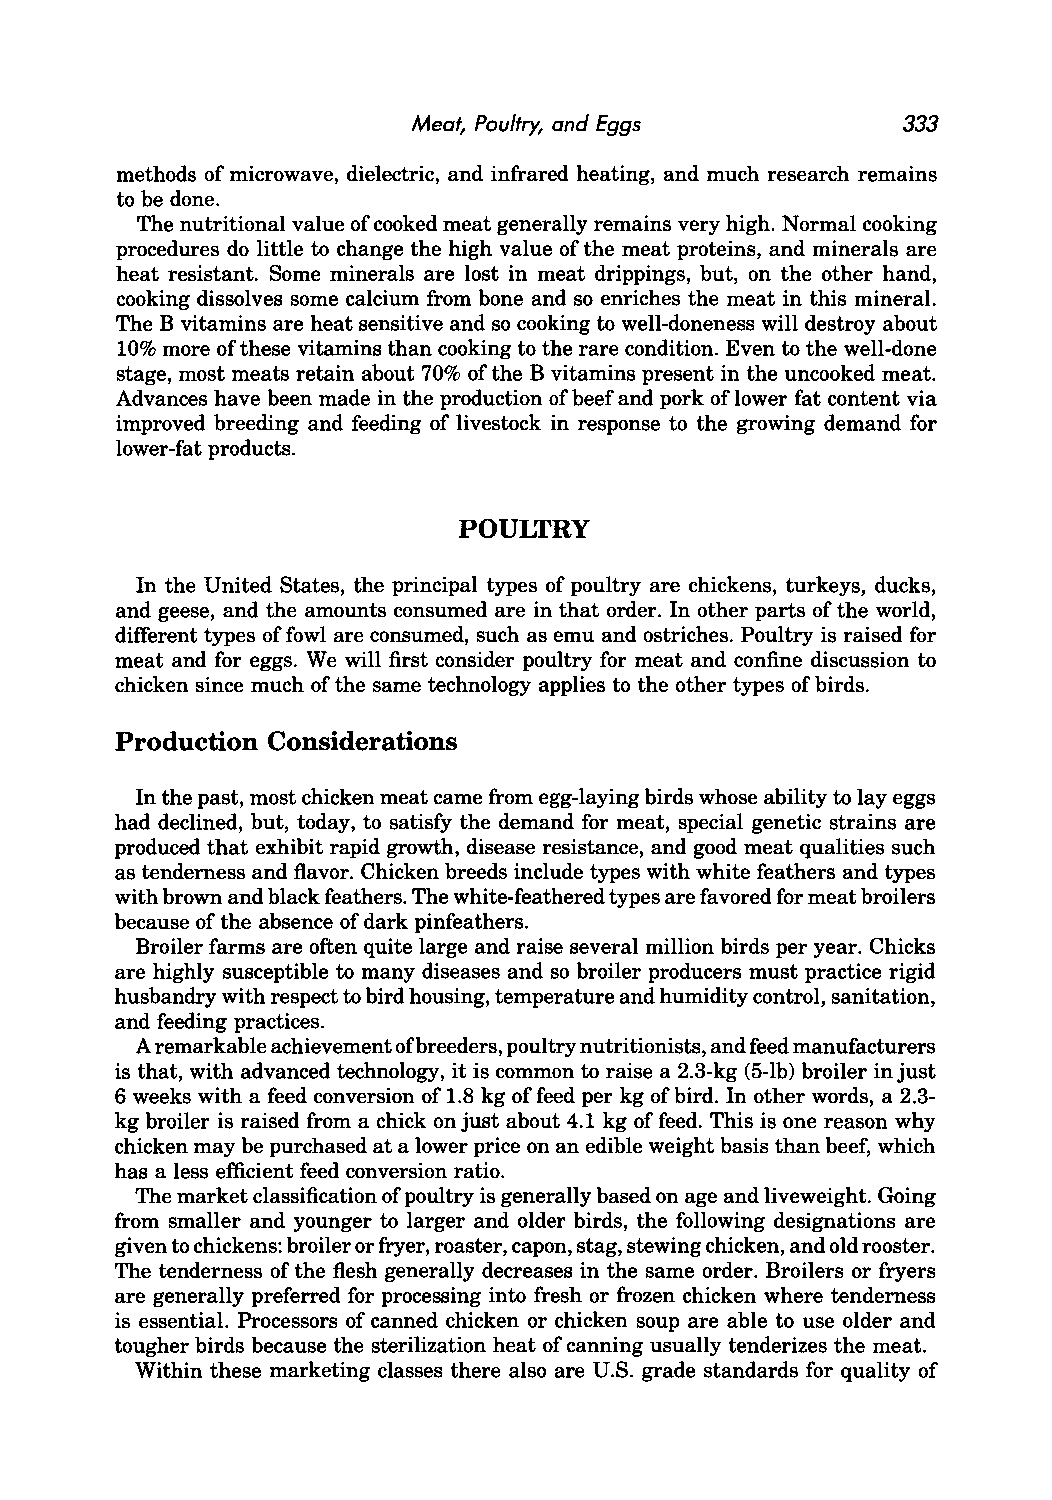
Meat, Poultry, and Eggs          333
 methods of microwave, dielectric, and infrared heating, and much research remains
 to be done.
 The nutritional value of cooked meat generally remains very high. Normal cooking
 procedures do little to change the high value of the meat proteins, and minerals are
 heat resistant. Some minerals are lost in meat drippings, but, on the other hand,
 cooking dissolves some calcium from bone and so enriches the meat in this mineral.
 The B vitamins are heat sensitive and so cooking to well-doneness will destroy about
 10% more of these vitamins than cooking to the rare condition. Even to the well-done
 stage, most meats retain about 70% of the B vitamins present in the uncooked meat.
 Advances have been made in the production of beef and pork of lower fat content via
 improved breeding and feeding of livestock in response to the growing demand for
 lower-fat products.
 POULTRY
 In the United States, the principal types of poultry are chickens, turkeys, ducks,
 and geese, and the amounts consumed are in that order. In other parts of the world,
 different types of fowl are consumed, such as emu and ostriches. Poultry is raised for
 meat and for eggs. We will first consider poultry for meat and confine discussion to
 chicken since much of the same technology applies to the other types of birds.
 Production Considerations
 In the past, most chicken meat came from egg-laying birds whose ability to lay eggs
 had declined, but, today, to satisfy the demand for meat, special genetic strains are
 produced that exhibit rapid growth, disease resistance, and good meat qualities such
 as tenderness and flavor. Chicken breeds include types with white feathers and types
 with brown and black feathers. The white-feathered types are favored for meat broilers
 because of the absence of dark pinfeathers.
 Broiler farms are often quite large and raise several million birds per year. Chicks
 are highly susceptible to many diseases and so broiler producers must practice rigid
 husbandry with respect to bird housing, temperature and humidity control, sanitation,
 and feeding practices.
 A remarkable achievement of breeders, poultry nutritionists, and feed manufacturers
 is that, with advanced technology, it is common to raise a 2.3-kg (5-lb) broiler in just
 6 weeks with a feed conversion of 1.8 kg of feed per kg of bird. In other words, a 2.3-
 kg broiler is raised from a chick on just about 4.1 kg of feed. This is one reason why
 chicken may be purchased at a lower price on an edible weight basis than beef, which
 has a less efficient feed conversion ratio.
 The market classification of poultry is generally based on age and liveweight. Going
 from smaller and younger to larger and older birds, the following designations are
 given to chickens: broiler or fryer, roaster, capon, stag, stewing chicken, and old rooster.
 The tenderness of the flesh generally decreases in the same order. Broilers or fryers
 are generally preferred for processing into fresh or frozen chicken where tenderness
 is essential. Processors of canned chicken or chicken soup are able to use older and
 tougher birds because the sterilization heat of canning usually tenderizes the meat.
 Within these marketing classes there also are U.S. grade standards for quality of